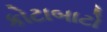
કોટાબાટો